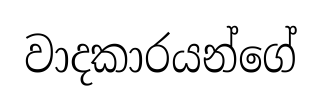
වාදකාරයන්ගේ